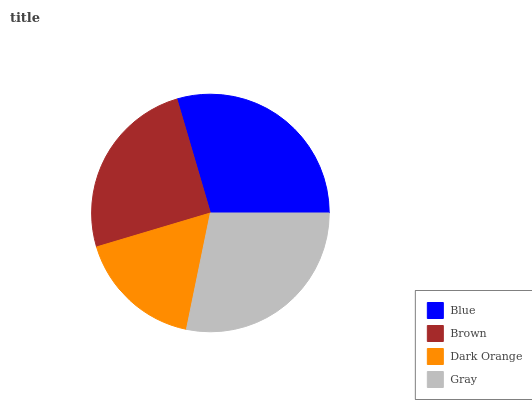
| Blue | Brown | Dark Orange | Gray |
 | --- | --- | --- | --- |
 | 29.6% | 25% | 17.2% | 28.2% |